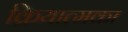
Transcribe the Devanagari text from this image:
क्रियात्मका